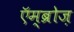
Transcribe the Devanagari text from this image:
एॅम्ब्रोज़